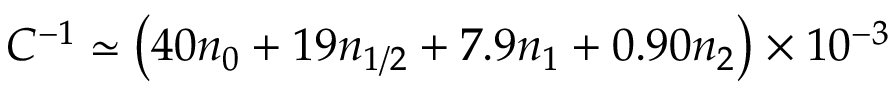
C ^ { - 1 } \simeq \left( 4 0 n _ { 0 } + 1 9 n _ { 1 / 2 } + 7 . 9 n _ { 1 } + 0 . 9 0 n _ { 2 } \right) \times 1 0 ^ { - 3 }